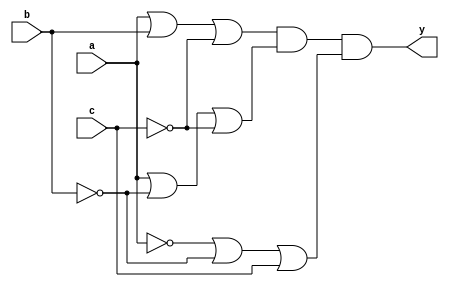
module t01POS(input wire a, b, c, output wire y);
    
    wire w1, w2, w3;
    wire notA, notB, notC;
    
    not (notA, a);
    not (notB, b);
    not (notC, c);
    
    or (w1, a, b, notC);
    or (w2, a, notB, notC);
    or (w3, notA, notB, c);
    
    and (y, w1, w2, w3);
    
endmodule